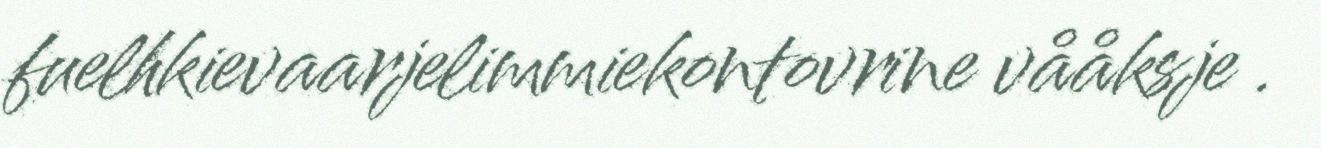
fuelhkievaarjelimmiekontovrine vååksje .